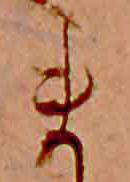
ま